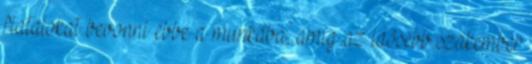
fiatalokat bevonni ebbe a munkába, amíg az idôsebb szakember